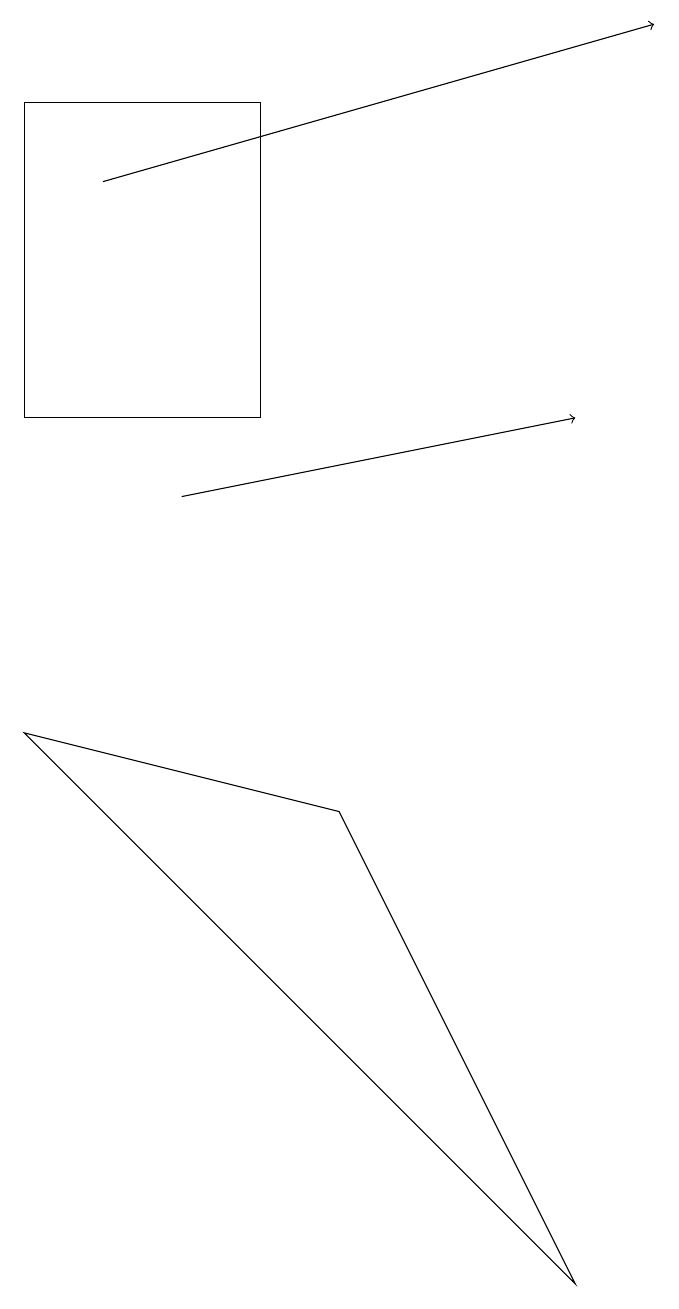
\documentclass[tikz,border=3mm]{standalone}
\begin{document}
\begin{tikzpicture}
\draw[->] (2,16) -- (9,18);
\draw[->] (3,12) -- (8,13);
\draw (1,13) rectangle (4,17);
\draw (8,2) -- (1,9) -- (5,8) -- cycle;
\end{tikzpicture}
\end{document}